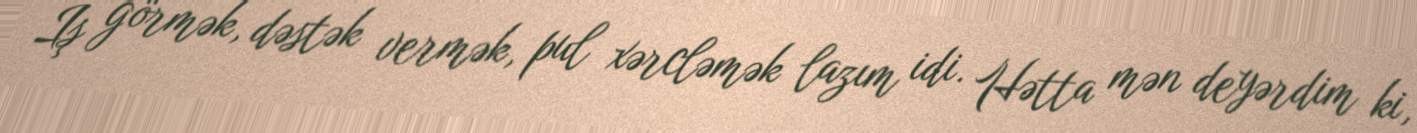
İş görmək, dəstək vermək, pul xərcləmək lazım idi. Hətta mən deyərdim ki,